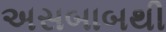
અસબાબથી